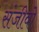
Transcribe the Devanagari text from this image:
संजीवो